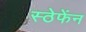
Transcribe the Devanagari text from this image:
स्ठेफेंन